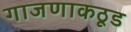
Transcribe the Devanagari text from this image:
गाजणाकठूड